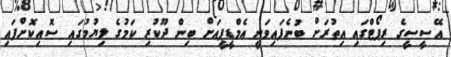
އޭސީސީގެ ރިޕޯޓްގައި އިތުރަށް ބުނެފައިވަނީ އެމްޑީޕީއަށް ބިން ދޫކުރި ކަމުގެ ލިޔުމުގައި ސޮއިކޮށްފައި